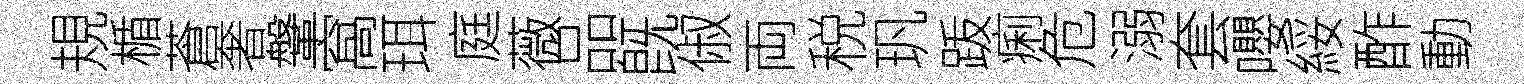
規楯蒼奢鞶窩珥庭薇品旣俶両税㺬䟦痢危溺套嚶綏酢動